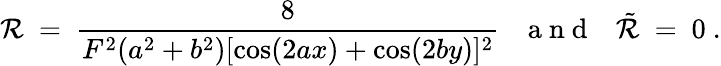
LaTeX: \mathcal{R}\ =\ \frac{{8}}{{F^{2}(a^{2}+b^{2})[\cos(2ax)+\cos(2by)]^{2}}}{~~~\mathrm{{~a~n~d~}}~~~}\tilde{{\mathcal{R}}}\ =\ 0~.